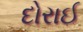
દોરાઈ